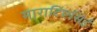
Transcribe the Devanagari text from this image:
माराटिएसिई